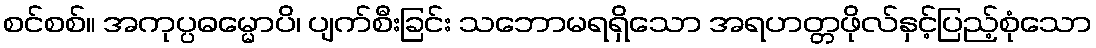
စင်စစ်။ အကုပ္ပဓမ္မောပိ၊ ပျက်စီးခြင်း သဘောမရရှိသော အရဟတ္တဖိုလ်နှင့်ပြည့်စုံသော